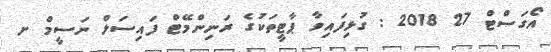
އޯގަސްޓް 27 2018 : ގުޅިފައިވާ ޕާޓީތަކުގެ ރަނިންްމޭޓް ފައިސަލް ނަސީމް ށ